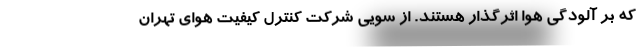
که بر آلودگی هوا اثرگذار هستند. از سویی شرکت کنترل کیفیت هوای تهران